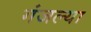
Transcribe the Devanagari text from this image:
गंजल्या